Report of the Indian Hemp Drugs Commission, 1894-1895 - Volume VII
Year: 1894
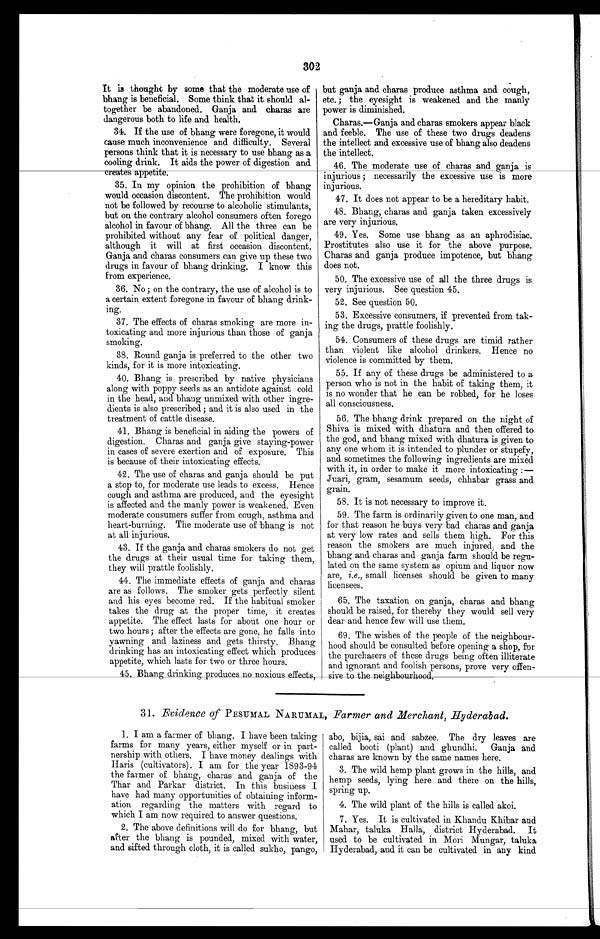
302
It is thought by some that the moderate use of
bhang is beneficial. Some think that it should al-
together be abandoned. Ganja and charas are
dangerous both to life and health.
34. If the use of bhang were foregone, it would
cause much inconvenience and difficulty. Several
persons think that it is necessary to use bhang as a
cooling drink. It aids the power of digestion and
ppetite
35. In my opinion the prohibition of bhang
would occasion discontent. The prohibition would
not be followed by recourse to alcoholic stimulants,
but on the contrary alcohol consumers often forego
alcohol in favour of bhang. All the three can be
prohibited without any fear of political danger,
although it will at first occasion discontent.
Ganja and charas consumers can give up these two
drugs in favour of bhang drinking. I know this
from experience.
36. No; on the contrary, the use of alcohol is to
a certain extent foregone in favour of bhang drink-
ing.
37. The effects of charas smoking are more in-
toxicating and more injurious than those of ganja
smoking.
38. Round ganja is preferred to the other two
kinds, for it is more intoxicating.
40. Bhang is prescribed by native physicians
along with poppy seeds as an antidote against cold
in the head, and bhang unmixed with other ingre-
dients is also prescribed ; and it is also used in the
treatment of cattle disease.
41. Bhang is beneficial in aiding the powers of
digestion. Charas and ganja give staying-power
in cases of severe exertion and of exposure. This
is because of their intoxicating effects.
42. The use of charas and ganja should be put
a stop to, for moderate use leads to excess. Hence
cough and asthma are produced, and the eyesight
is affected and the manly power is weakened. Even
moderate consumers suffer from cough, asthma and
heart-burning. The moderate use of bhang is not
at all injurious.
43. If the ganja and charas smokers do not get
the drugs at their usual time for taking them,
they will prattle foolishly.
44. The immediate effects of g anja and charas
are as follows. The smoker gets perfectly silent
and his eyes become red. If the habitual smoker
takes the drug at the proper time, it creates
appetite. The effect lasts for about one hour or
two hours; after the effects are gone, he falls into
yawning and laziness and. gets thirsty. Bhang
drinking has an intoxicating effect which produces
appetite, which lasts for two or three hours.
45. Bhang
, drinking .oduces no noxious effects,
49. Yes. Some use bhang as an aphrodisiac.
Prostitutes also use it for the above purpose.
Charas and ganja produce impotence, but bhang
does not.
50. The excessive use of all the three drugs is
very injurious. See question 45.
52. See question 50.
53. Excessive consumers, if prevented from tak-
ing the drugs, prattle foolishly.
54. Consumers of these drugs are timid rather
than violent like alcohol drinkers. Hence no
violence is committed by them.
55. If any of these drugs be administered to a
person who is not in the habit of taking them, it
is no wonder that he can be robbed, for he loses
all consciousness.
56. The bhang drink prepared on the night of
Shiva is mixed with dhatura and then offered to
the god, and bhang mixed with dhatura is given to
any one whom it is intended to plunder or stupefy,
and sometimes the following ingredients are mixed
with it, in order to make it more intoxicating :-
Juari, gram, sesamum seeds, chhabar grass and
grain.
58. It is not necessary to improve it.
59. The farm is ordinarily given to one man, and
for that reason he buys very bad charas and ganja
at very low rates and sells them high. For this
reason the smokers are much injured ; and the
bhang and charm and ganja farm should be regu-
lated on the same system as opium and liquor now
are, i.e., small licenses should be given to many
licensees.
65. The taxation on ganja, charas and bhang
should be raised, for thereby they would sell very
dear and hence few will use them.
69. The wishes of the people of the neighbour-
hood should be consulted before opening a shop, for
the purchasers of these drugs being often illiterate
and ignorant and foolish persons, prove very offen-
sive to the neighbourhood.
but ganja and charas produce asthma and cough,
etc. ; the eyesight is weakened and the manly
power is diminished.
Charas.-Ganja and charas smokers appear black
.and feeble. The use of these two drugs deadens
the intellect and excessive use of bhang also deadens
the intellect.
46. The moderate use of charas and ganja is
injurious ; necessarily the excessive use is more
injurious.
47. It does not appear to be a hereditary habit.
48. Bhang, charas and ganja taken excessively
are very injurious.
31. Evidence of PESUMAL .NARUMAL,
1. I• am a farmer of bhang. I have been taking
farms for many years, either myself or in part-
nership with others. I have money dealings with
Haris (cultivators). I am for the year 1893-94
the farmer of
cr
bhan, charas and ganja of the
Thar and Parkar bhang, In this business I
have had many opportunities of obtaining inform-
ation regarding the matters with regard to
which I am now required to answer questions.
2. The above definitions will do for bhang, but
after the bhang is pounded, mixed with water,
and sifted through cloth, it is called sukho, pango,
Farmer and Merchant, Hyderabad.
abo,
sai and sabzee. The dry leaves are
called booti (plant) and ghundhi.
Ganja and
charas are known by the same names here.
3. The wild hemp plant grows in the hills, and
hemp seeds, lying here and there on the hills,
spring up.
4. The wild plant of the hills is called akoi.
7. Yes. It is cultivated in Khandu Khibar and
Mahar, taluka Halla, district Hyderabad. It
used to be cultivated in Mori Mungar, taluka
Hyderabad, and it can be cultivated in any kind